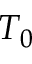
T _ { 0 }